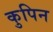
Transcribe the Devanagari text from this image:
कुपिन